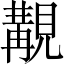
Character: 覯